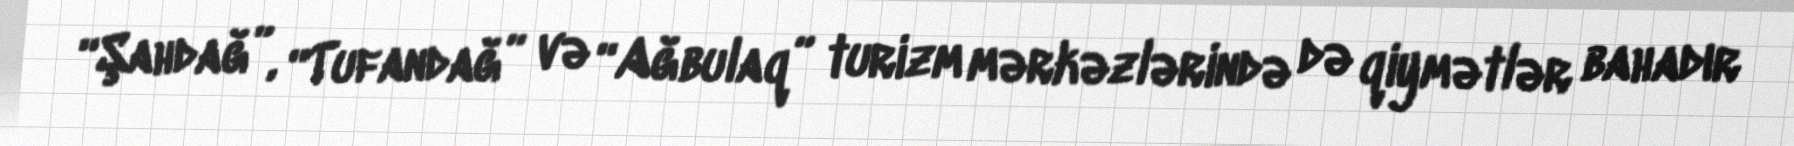
“Şahdağ”, “Tufandağ” və “Ağbulaq” turizm mərkəzlərində də qiymətlər bahadır